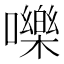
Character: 嚛